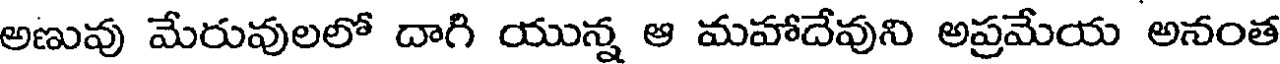
అణువు మేరువులలో దాగి యున్న ఆ మహాదేవుని అప్రమేయ అనంత